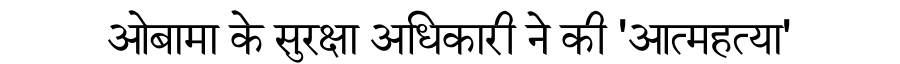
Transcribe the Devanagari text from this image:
ओबामा के सुरक्षा अधिकारी ने की 'आत्महत्या'